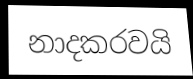
නාදකරවයි